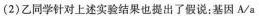
(2)乙同学针对上述实验结果也提出了假说：基因A/a